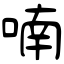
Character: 喃